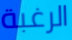
الرغبة